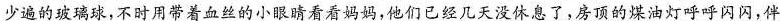
\underline{少遍的玻璃球，不时用带着血丝的小眼睛看看妈妈，他们已经几天没休息了，房顶的煤油灯呼呼闪闪，伴}